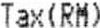
TAX(RM)